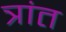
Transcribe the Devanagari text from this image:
त्रांत